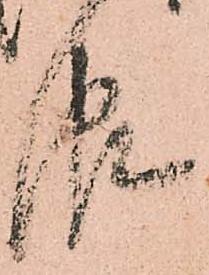
報